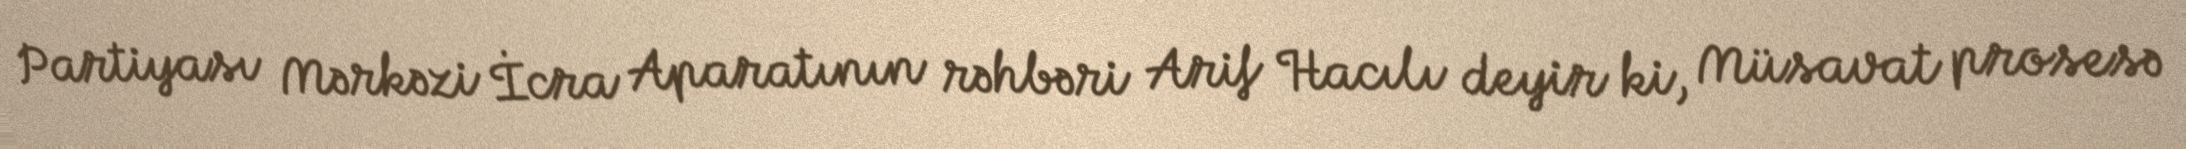
Partiyası Mərkəzi İcra Aparatının rəhbəri Arif Hacılı deyir ki, Müsavat prosesə